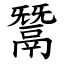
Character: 鬵